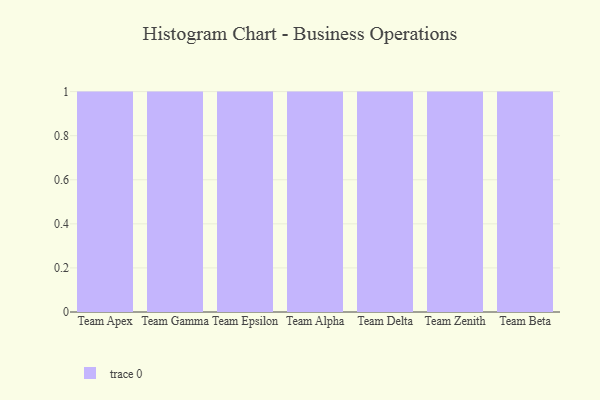
{"axis": {"x": "Team", "y": "Active Users"}, "legend": [""], "data": [{"x": "Team Apex", "y": 62, "type": ""}, {"x": "Team Gamma", "y": 55, "type": ""}, {"x": "Team Epsilon", "y": 69, "type": ""}, {"x": "Team Alpha", "y": 63, "type": ""}, {"x": "Team Delta", "y": 26, "type": ""}, {"x": "Team Zenith", "y": 82, "type": ""}, {"x": "Team Beta", "y": 20, "type": ""}]}